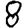
Digit: 8